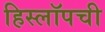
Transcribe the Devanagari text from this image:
हिस्लॉपची